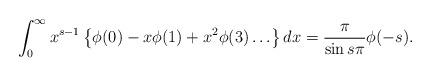
LaTeX: \begin{align*}\int_{0}^{\infty} x^{s-1}\left\{\phi(0)-x \phi(1)+x^{2} \phi(3) \ldots\right\} d x=\frac{\pi}{\sin s \pi} \phi(-s). \end{align*}